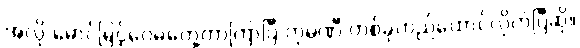
အလို မောင်မြင့်ဝေမတွေ့တာကြာပြီ ကုမ္ပဏီ တစ်ခုတည်ထောင်လိုက်ပြီဆို။